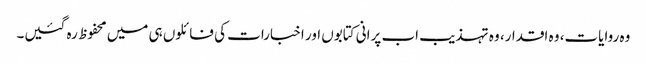
وہ روایات، وہ اقدار، وہ تہذیب اب پرانی کتابوں اور اخبارات کی فائلوں ہی میں محفوظ رہ گئیں۔